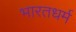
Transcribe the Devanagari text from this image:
भारतधर्म